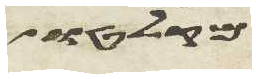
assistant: מקלטו